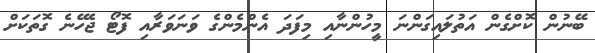
ބޭނުން ކޮށްގެން އަތުލައިގަންނަ މީހުންނާއި މިފަދަ އެންމެންގެ ވަނަވަރާއި ފޮޓޯ ޖެހޭނެ ގޮތަކަށް